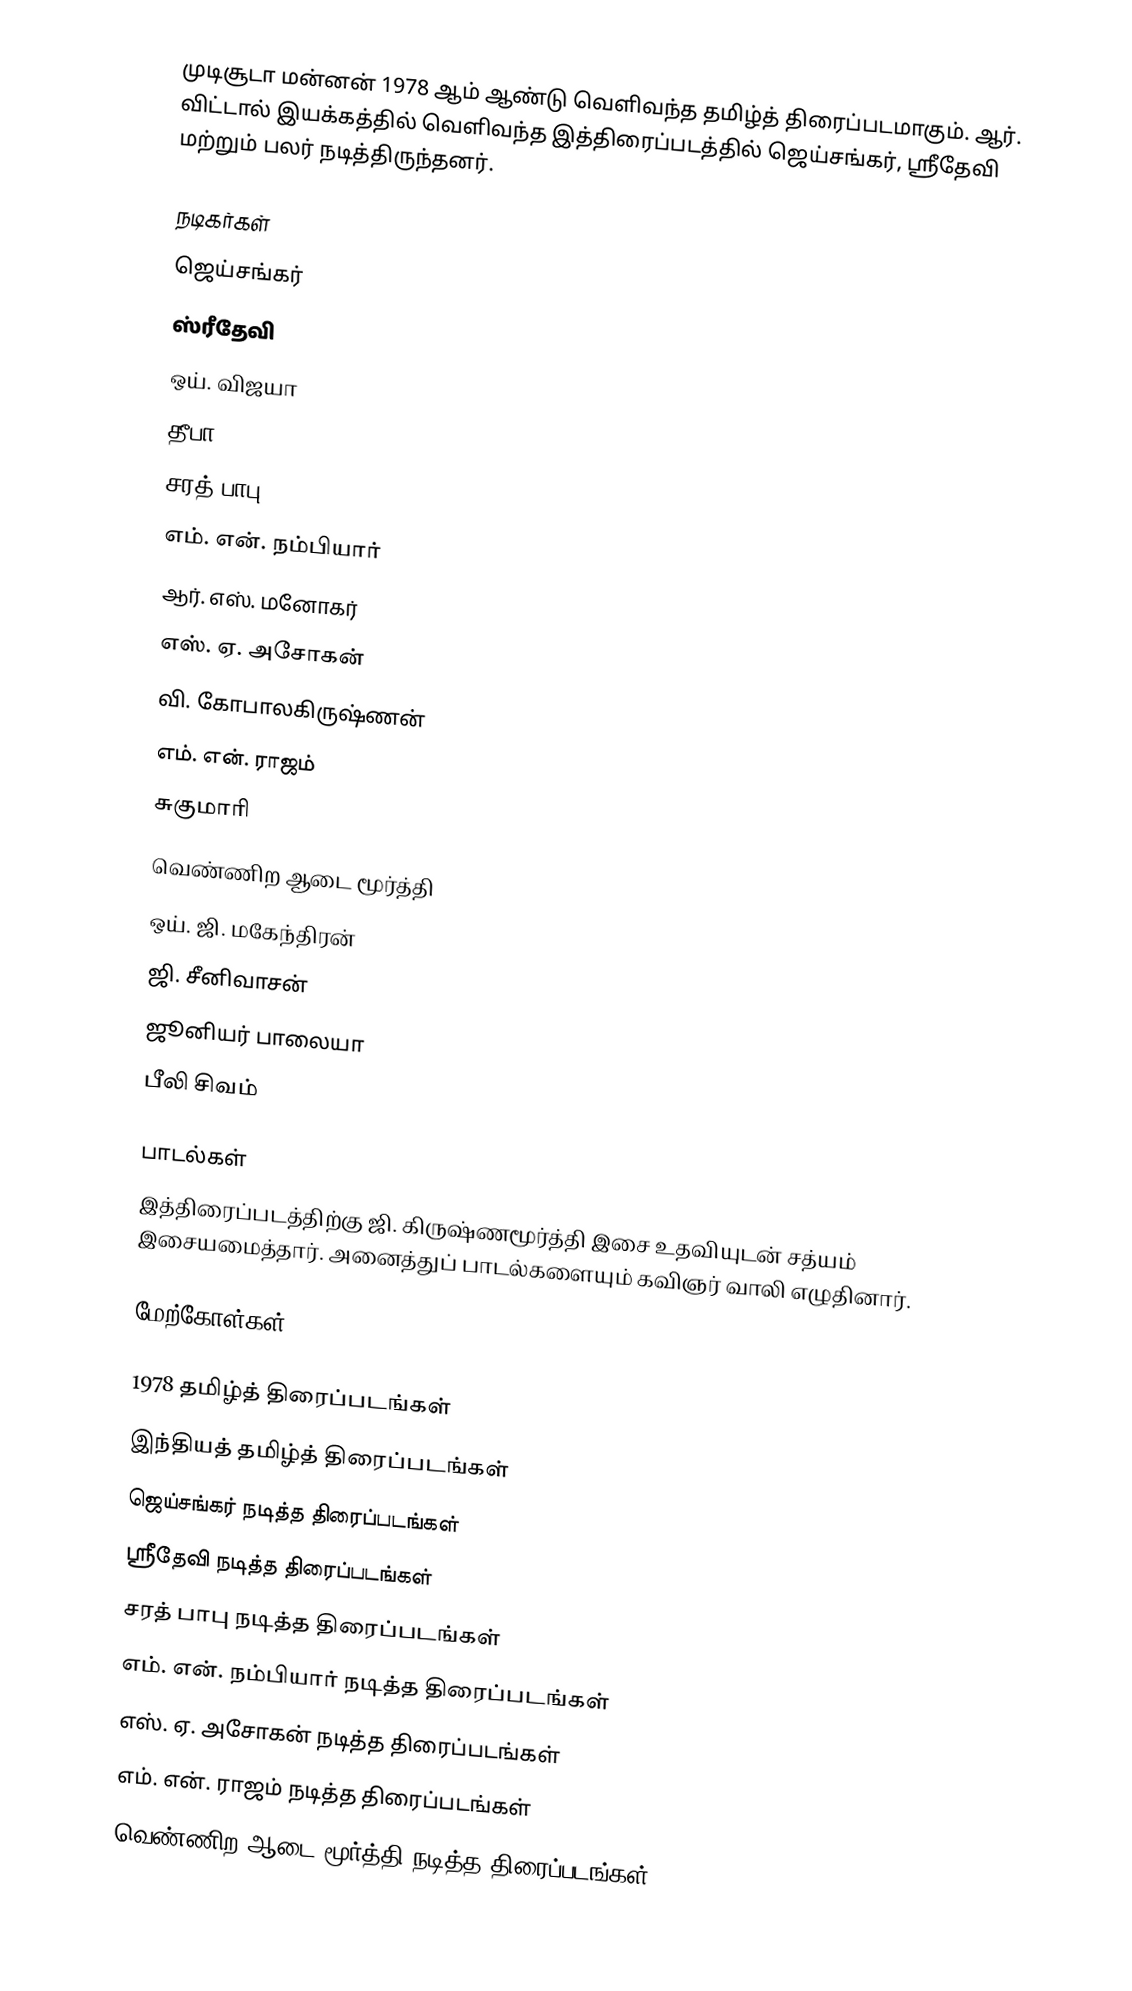
முடிசூடா மன்னன் 1978 ஆம் ஆண்டு வெளிவந்த தமிழ்த் திரைப்படமாகும். ஆர். விட்டால் இயக்கத்தில் வெளிவந்த இத்திரைப்படத்தில் ஜெய்சங்கர், ஸ்ரீதேவி மற்றும் பலர் நடித்திருந்தனர்.

நடிகர்கள்
 ஜெய்சங்கர்
 ஸ்ரீதேவி
 ஒய். விஜயா
 தீபா
 சரத் பாபு
 எம். என். நம்பியார்
 ஆர். எஸ். மனோகர்
 எஸ். ஏ. அசோகன்
 வி. கோபாலகிருஷ்ணன்
 எம். என். ராஜம்
 சுகுமாரி
 வெண்ணிற ஆடை மூர்த்தி
 ஒய். ஜி. மகேந்திரன்
 ஜி. சீனிவாசன்
 ஜூனியர் பாலையா
 பீலி சிவம்

பாடல்கள்
இத்திரைப்படத்திற்கு  ஜி. கிருஷ்ணமூர்த்தி இசை உதவியுடன் சத்யம் இசையமைத்தார். அனைத்துப் பாடல்களையும் கவிஞர் வாலி எழுதினார்.

மேற்கோள்கள்

1978 தமிழ்த் திரைப்படங்கள்
இந்தியத் தமிழ்த் திரைப்படங்கள்
ஜெய்சங்கர் நடித்த திரைப்படங்கள்
ஸ்ரீதேவி நடித்த திரைப்படங்கள்
சரத் பாபு நடித்த திரைப்படங்கள்
எம். என். நம்பியார் நடித்த திரைப்படங்கள்
எஸ். ஏ. அசோகன் நடித்த திரைப்படங்கள்
எம். என். ராஜம் நடித்த திரைப்படங்கள்
வெண்ணிற ஆடை மூர்த்தி நடித்த திரைப்படங்கள்